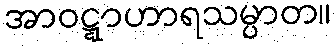
အာဝဋ္ဋာဟာရသမ္ပာတ။